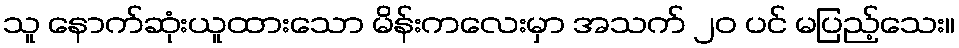
သူ နောက်ဆုံးယူထားသော မိန်းကလေးမှာ အသက် ၂၀ ပင် မပြည့်သေး။